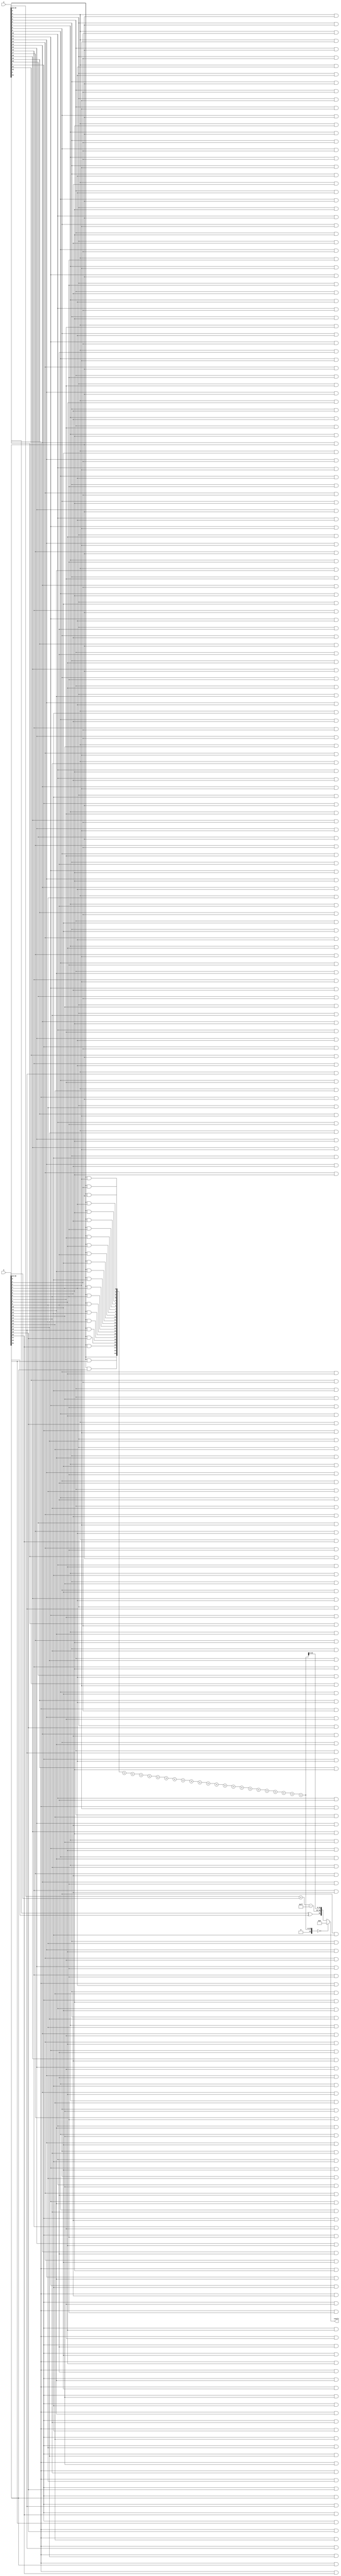
module floating_point_wallace_multiplier #(
    parameter E = 8, // Number of exponent bits
    parameter M = 23, // Number of mantissa bits
    parameter BIAS = 127 // Bias for the exponent
)(
    input  wire [E + M + 1 - 1:0] a, // Input floating-point number A
    input  wire [E + M + 1 - 1:0] b, // Input floating-point number B
    output reg  [E + M + 1 - 1:0] result // Output floating-point number
);

    // Extract sign, exponent, and mantissa
    wire sign_a = a[E + M]; // Sign bit of A
    wire sign_b = b[E + M]; // Sign bit of B
    wire [E - 1:0] exp_a = a[E + M - 1:E + M - E]; // Exponent of A
    wire [E - 1:0] exp_b = b[E + M - 1:E + M - E]; // Exponent of B
    wire [M:0] mant_a = {1'b1, a[M - 1:0]}; // Mantissa of A (with implicit leading 1)
    wire [M:0] mant_b = {1'b1, b[M - 1:0]}; // Mantissa of B (with implicit leading 1)

    // Sign of the result
    wire sign_result = sign_a ^ sign_b;

    // Exponent calculation
    wire [E:0] exp_sum = exp_a + exp_b - BIAS; // Sum of exponents
    wire [E - 1:0] exp_result = exp_sum[E - 1:0]; // Result exponent

    // Mantissa multiplication using Wallace tree
    wire [2*M:0] partial_products [0:M-1]; // Partial products
    wire [2*M:0] sum [0:M-1]; // Sums for Wallace tree

    // Generate partial products
    genvar i, j;
    generate
        for (i = 0; i < M; i = i + 1) begin : pp_gen
            for (j = 0; j < M + 1; j = j + 1) begin : pp
                assign partial_products[i][j + i] = mant_a[i] & mant_b[j]; // Partial product
            end
        end
    endgenerate

    // Wallace tree reduction
    // Initial sum
    assign sum[0] = partial_products[0];
    generate
        for (i = 1; i < M; i = i + 1) begin : wallace_tree
            wire [2*M:0] carry;
            wire [2*M:0] next_sum;
            assign carry = sum[i-1] + partial_products[i];
            assign next_sum = carry; // Simplified for this example
            assign sum[i] = next_sum;
        end
    endgenerate

    // Final normalization and rounding (simplified)
    wire [M + 1:0] mant_result;
    assign mant_result = sum[M - 1][M:0]; // Simplified for this example

    // Assemble the result
    always @(*) begin
        if (mant_result == 0) begin
            // Handle zero case
            result = {1'b0, {E{1'b0}}, {M{1'b0}}}; // Zero output
        end else begin
            // Normalize mantissa and adjust exponent
            // (Normalization logic is complex; this is a simplified placeholder)
            result = {sign_result, exp_result, mant_result[M-1:0]};
        end
    end

endmodule